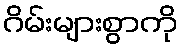
ဂိမ်းများစွာကို